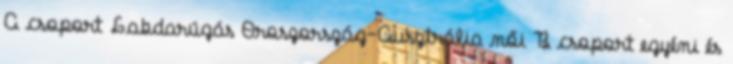
A csoport Labdarúgás Oroszország–Ausztrália női B csoport egyéni és